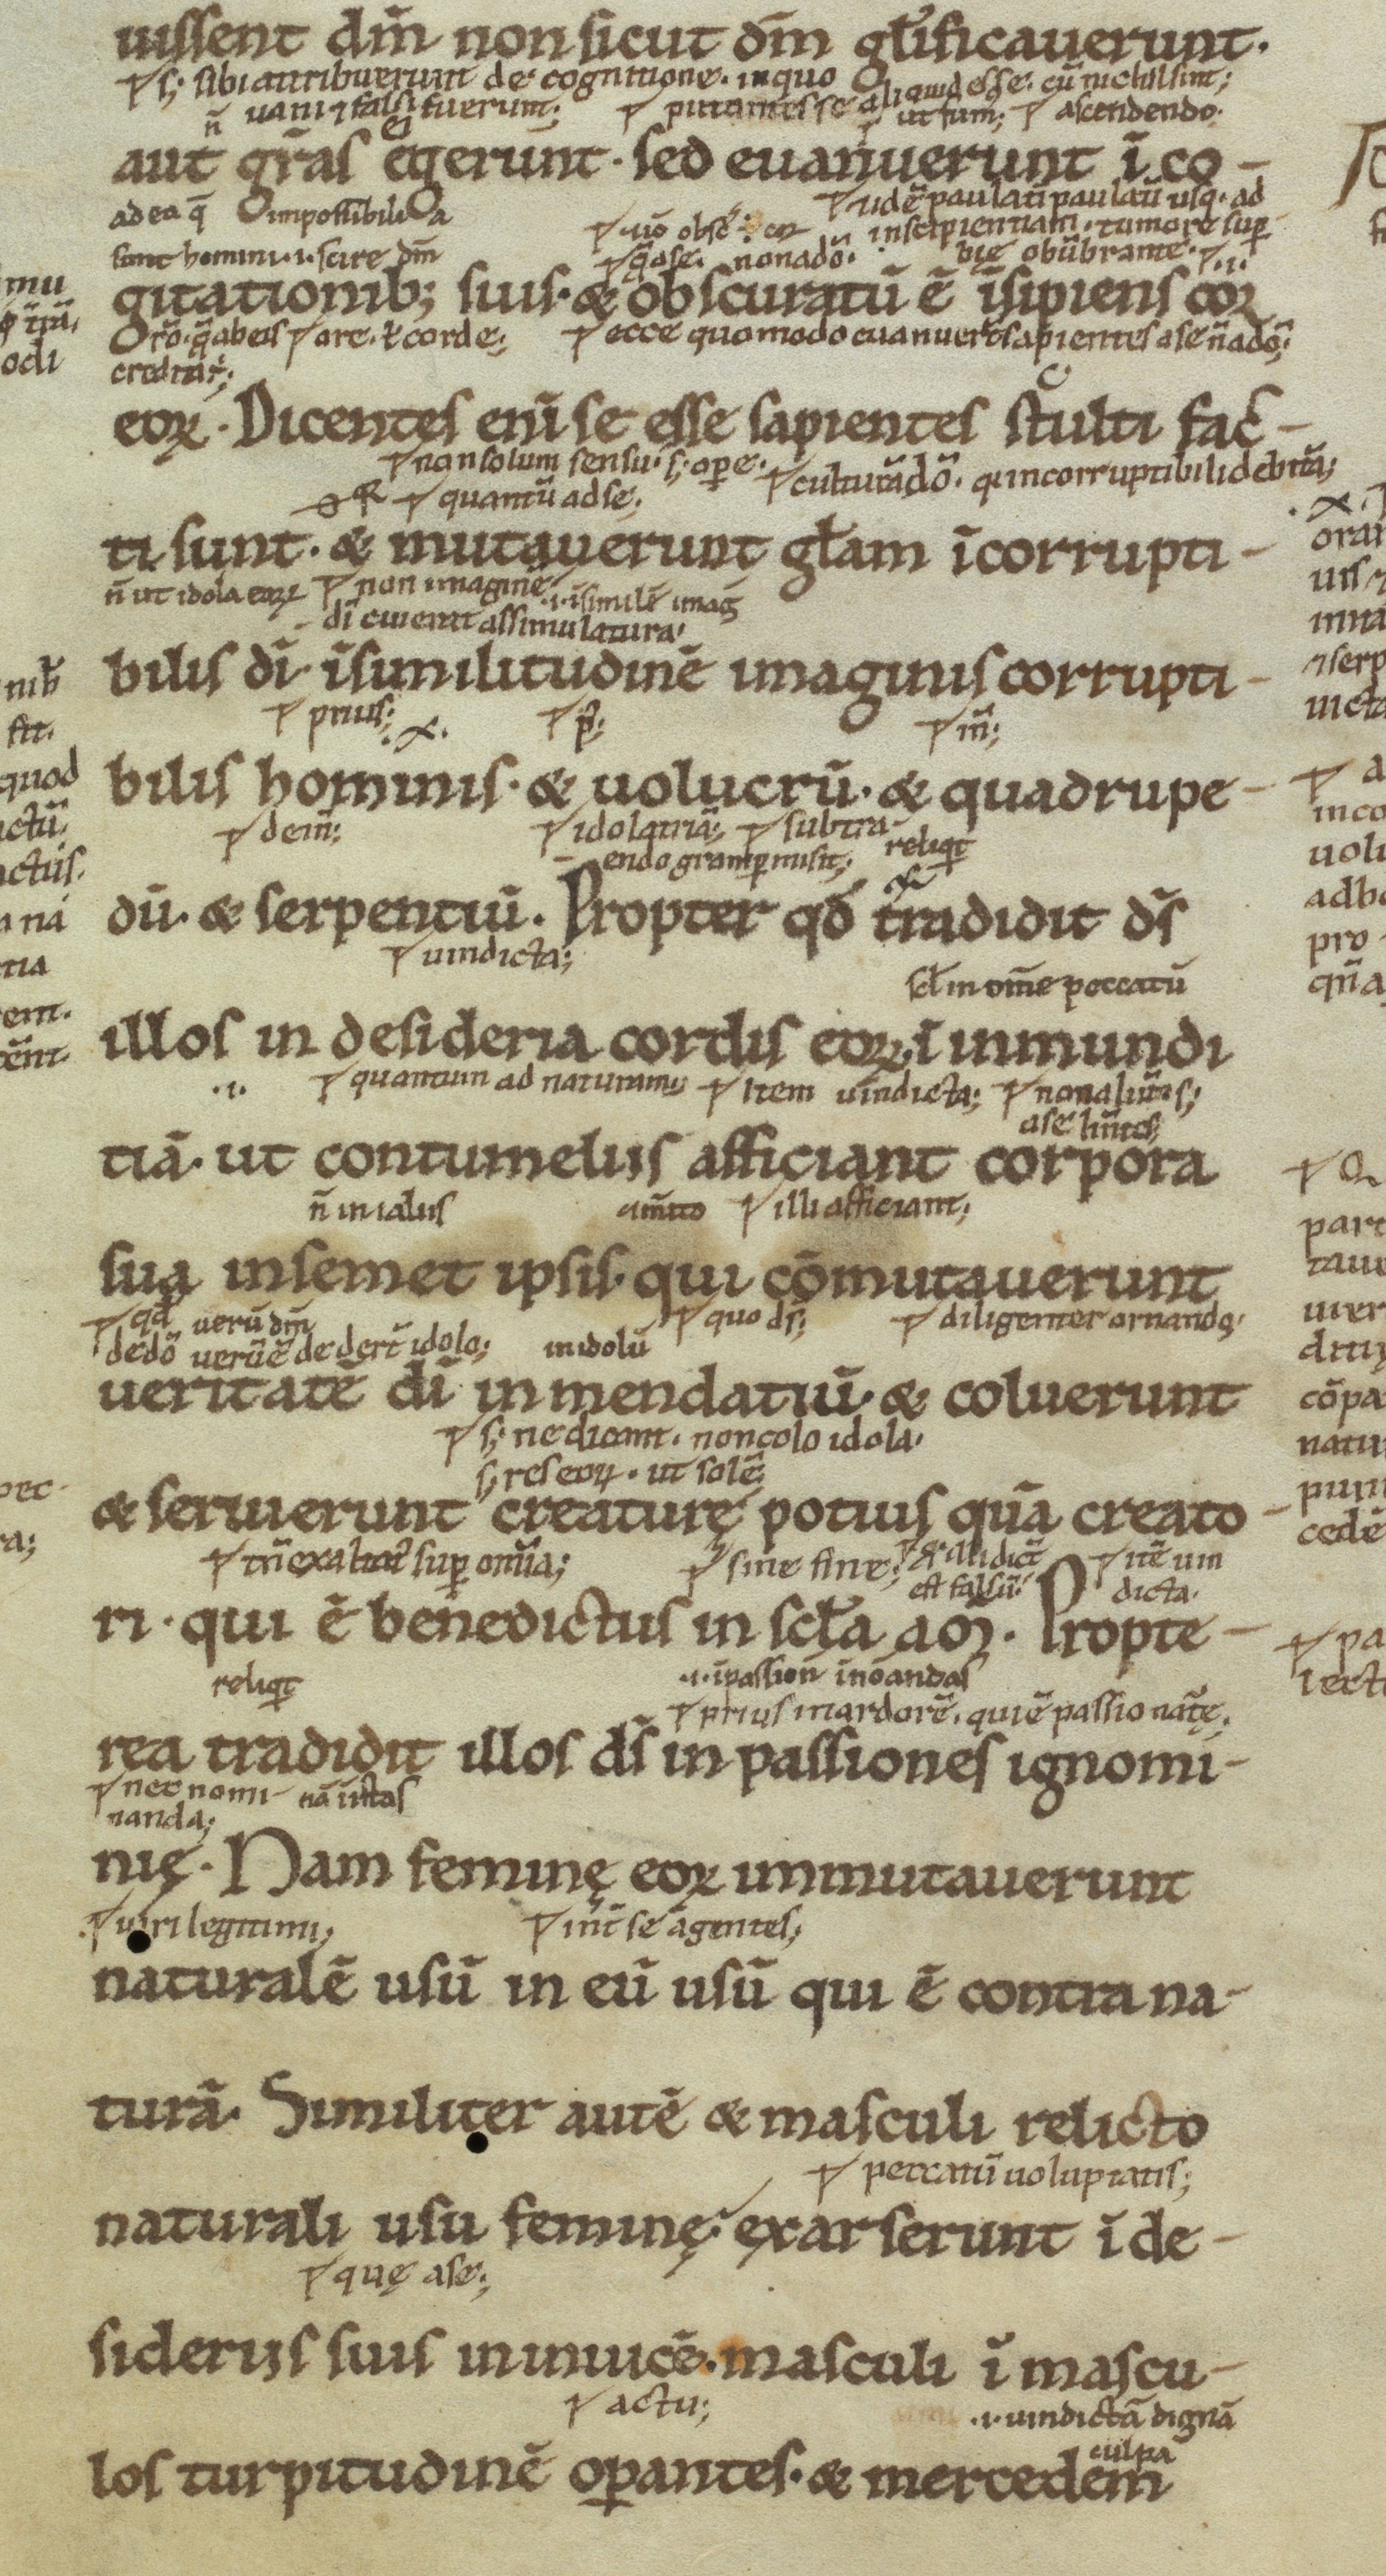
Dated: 1100–1199